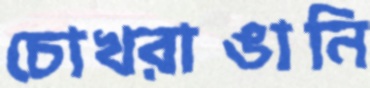
চোখরাঙানি